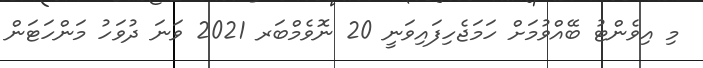
މި އިވެންޓު ބޭއްވުމަށް ހަމަޖެހިފައިވަނީ 20 ނޮވެމްބަރ 2021 ވަނަ ދުވަހު މަންހަޓަން